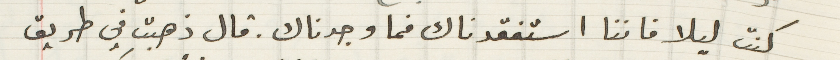
كنت ليلا فاننا استفقدناك فما وجدناك . قال ذهبت في طريق